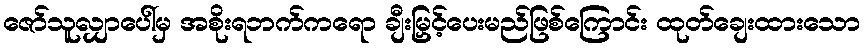
ဇော်သူလျှာပေါ်မှ အစိုးရဘက်ကရော ချီးမြှင့်ပေးမည်ဖြစ်ကြောင်း ထုတ်ချေးထားသော